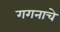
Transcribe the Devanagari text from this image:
गगनाचे